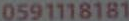
0591118181